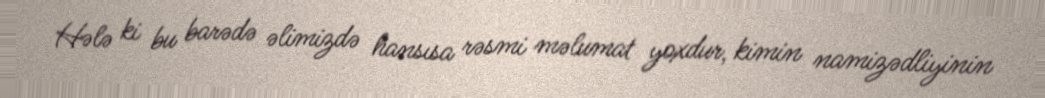
Hələ ki bu barədə əlimizdə hansısa rəsmi məlumat yoxdur, kimin namizədliyinin